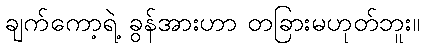
ချက်ကော့ရဲ့ ခွန်အားဟာ တခြားမဟုတ်ဘူး။